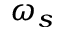
\omega _ { s }